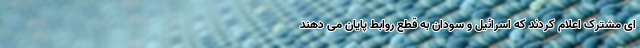
ای مشترک اعلام کردند که اسرائیل و سودان به قطع روابط پایان می دهند